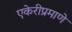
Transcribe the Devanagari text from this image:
एकेरीप्रमाणे